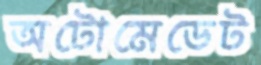
অটোমেডেট